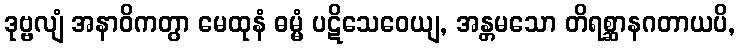
ဒုဗ္ဗလျံ အနာဝိကတွာ မေထုနံ ဓမ္မံ ပဋိသေဝေယျ, အန္တမသော တိရစ္ဆာနဂတာယပိ,